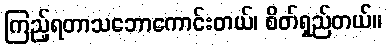
ကြည့်ရတာသဘောကောင်းတယ်၊ စိတ်ရှည်တယ်။